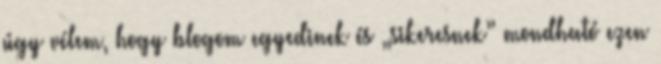
úgy vélem, hogy blogom egyedinek és „sikeresnek” mondható ezen